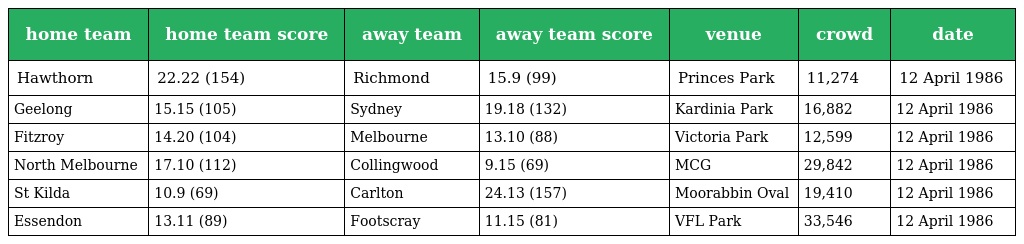
| home team | home team score | away team | away team score | venue | crowd | date |
 | --- | --- | --- | --- | --- | --- | --- |
 | Hawthorn | 22.22 (154) | Richmond | 15.9 (99) | Princes Park | 11,274 | 12 April 1986 |
 | Geelong | 15.15 (105) | Sydney | 19.18 (132) | Kardinia Park | 16,882 | 12 April 1986 |
 | Fitzroy | 14.20 (104) | Melbourne | 13.10 (88) | Victoria Park | 12,599 | 12 April 1986 |
 | North Melbourne | 17.10 (112) | Collingwood | 9.15 (69) | MCG | 29,842 | 12 April 1986 |
 | St Kilda | 10.9 (69) | Carlton | 24.13 (157) | Moorabbin Oval | 19,410 | 12 April 1986 |
 | Essendon | 13.11 (89) | Footscray | 11.15 (81) | VFL Park | 33,546 | 12 April 1986 |